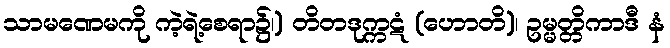
သာမဏေမကို ကဲ့ရဲ့စေရာ၌၊) တိတဒုက္ကဋံ (ဟောတိ)၊ ဥမ္မတ္တိကာဒီ နံ